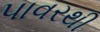
પાવરથી